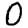
Digit: 0